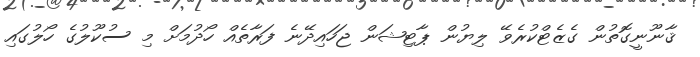
ޤާނޫނީގޮތުން ގެޒެޓްކުރެވޭ ލިޔުން ޕާޓިޝަން ޖަހައިދޭނެ ފަރާތެއް ހޯދުމަށް މި ސުކޫލުގެ ހޯލުގައި